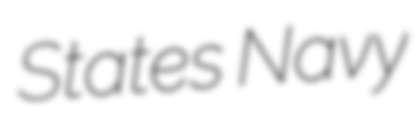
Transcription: States Navy